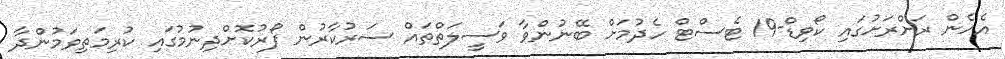
އެހެން ރަށްރަށުގައި ކޯވިޑް-19 ޓެސްޓް ހެދުމަށް ބޭނުންވާ ވަސީލަތްތައް ސަރުކާރުން ފޯރުކޮށްދިނުމުގައި ކުރިމަތިވަމުންދާ